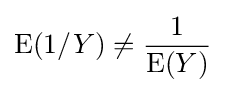
\operatorname {E} (1/Y)\neq {\frac {1}{\operatorname {E} (Y)}}